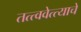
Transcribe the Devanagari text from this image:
तत्त्ववेत्त्याचे